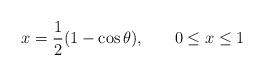
LaTeX: \begin{align*}x = \frac{1}{2} ( 1 - \cos \theta), \hspace{.3 in} 0 \leq x \leq 1\end{align*}